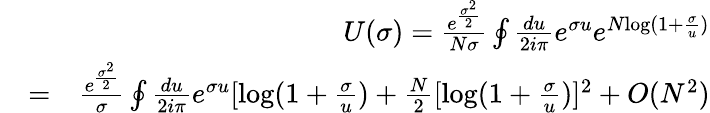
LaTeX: \begin{array}{rlr}&{}&{U(\sigma)=\frac{e^{\frac{\sigma^{2}}{2}}}{N\sigma}\oint\frac{du}{2i\pi}e^{\sigma u}e^{N\mathrm{log}(1+\frac{\sigma}{u})}}\\ &{=}&{\frac{e^{\frac{\sigma^{2}}{2}}}{\sigma}\oint\frac{du}{2i\pi}e^{\sigma u}[\mathrm{log}(1+\frac{\sigma}{u})+\frac{N}{2}[\mathrm{log}(1+\frac{\sigma}{u})]^{2}+O(N^{2})}\end{array}